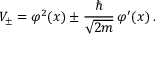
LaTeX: V _ { \pm } = \varphi ^ { 2 } ( x ) \pm \frac { \hbar } { \sqrt { 2 m } } \, \varphi ^ { \prime } ( x ) \, .